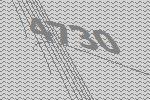
4730